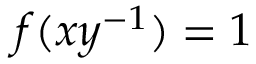
f ( x y ^ { - 1 } ) = 1